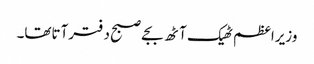
وزیراعظم ٹھیک آٹھ بجے صبح دفترآتاتھا۔